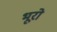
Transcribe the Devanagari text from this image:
भूरो